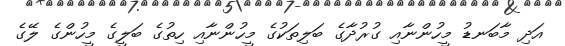
އަދި މާބަނޑު މީހުންނާއި ގުރުދާގެ ބަލިތަކުގެ މީހުންނާއި ހިތުގެ ބަލީގެ މީހުންގެ ލޭގެ